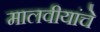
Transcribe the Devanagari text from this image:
मालवीयांचे